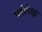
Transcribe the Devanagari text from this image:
पटीपेक्षा